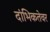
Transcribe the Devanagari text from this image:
दांभिकतेवर